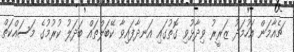
ޗެއާމަން އަހުމަދު ޒަރީރު ވިދާޅުވި ގޮތުގައި އަނދާފައިވާ ކޭބަލްތައް ބަދަލު ކުރުމުގެ މަސައްކަތް